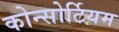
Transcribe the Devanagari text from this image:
कोन्सोर्टियम